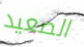
الصعيد